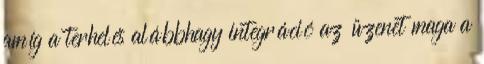
amíg a terhelés alábbhagy integráció az üzenet maga a